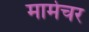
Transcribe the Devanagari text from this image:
मार्मेचर